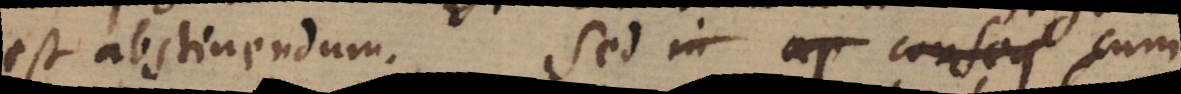
est abstinendum. Sed in ap consequenda cum